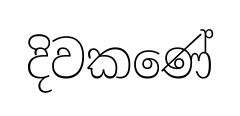
දිවකණේ